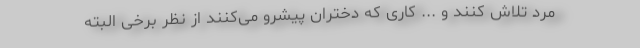
مرد تلاش کنند و ... کاری که دختران پیشرو می‌کنند از نظر برخی البته